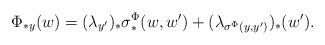
LaTeX: \begin{align*}\Phi_{*y}(w)=(\lambda_{y'})_{*}\sigma^\Phi_{*}(w,w') +(\lambda_{\sigma^\Phi(y,y')})_{*}(w').\end{align*}